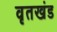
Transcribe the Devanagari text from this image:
वृतखंड